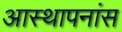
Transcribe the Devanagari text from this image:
आस्थापनांस